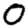
Digit: 0